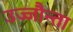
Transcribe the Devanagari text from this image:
उज्‍जौन्ता